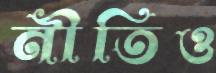
নীতিও